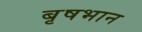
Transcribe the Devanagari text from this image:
बृषभान